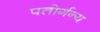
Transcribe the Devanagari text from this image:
पतोर्गन्य